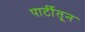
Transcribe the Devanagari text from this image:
पार्टीतून